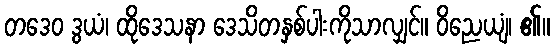
တဒေဝ ဒွယံ၊ ထိုဒေသနာ ဒေသိတနှစ်ပါးကိုသာလျှင်။ ဝိညေယျံ၊ ၏။